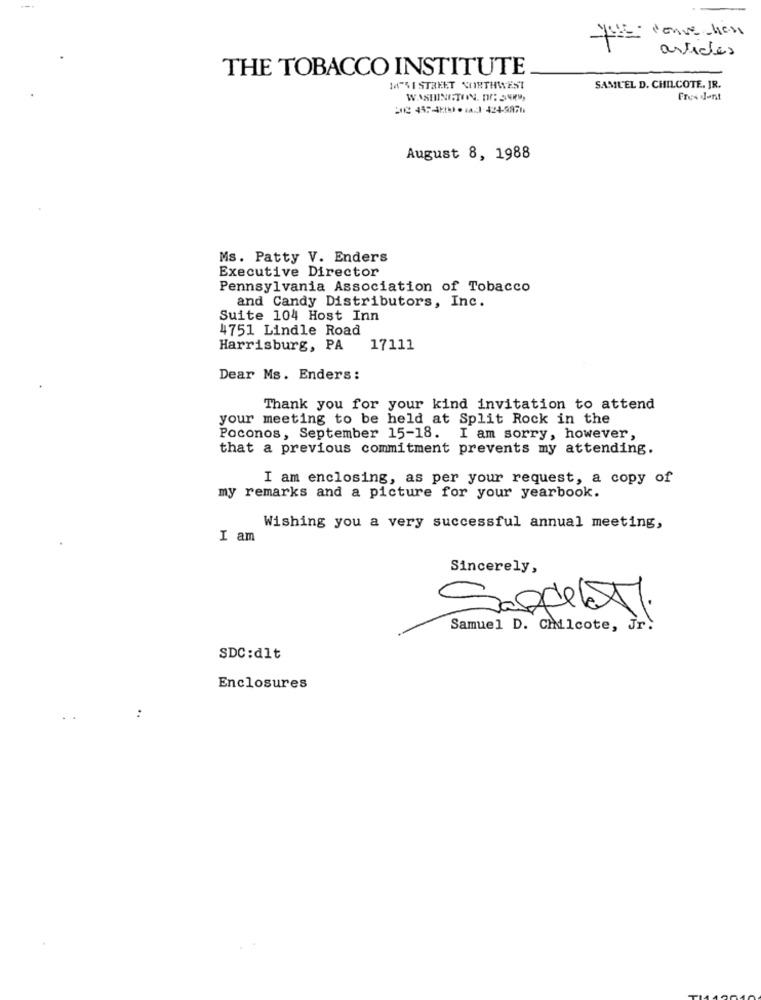
articles
THE TOBACCO INSTITUTE
MA-S I STREET NORTHWEST
SAMUEL D. CHILCOTE, JR.
Free dent
August 8, 1988
Ms. Patty V. Enders
Executive Director
Pennsylvania Association of Tobacco
and Candy Distributors, Inc.
Suite 104 Host Inn
4751 Lindle Road
Harrisburg, PA
17111
Dear Ms. Enders :
Thank you for your kind invitation to attend
your meeting to be held at Split Rock in the
Poconos, September 15-18. I am sorry, however,
that a previous commitment prevents my attending.
I am enclosing, as per your request, a copy of
my remarks and a picture for your yearbook.
Wishing you a very successful annual meeting,
I am
Sincerely,
Samuel D. Chilcote, Jr.
SDC:dlt
Enclosures
..